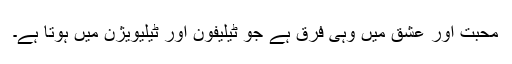
محبت اور عشق میں وہی فرق ہے جو ٹیلیفون اور ٹیلیویژن میں ہوتا ہے۔